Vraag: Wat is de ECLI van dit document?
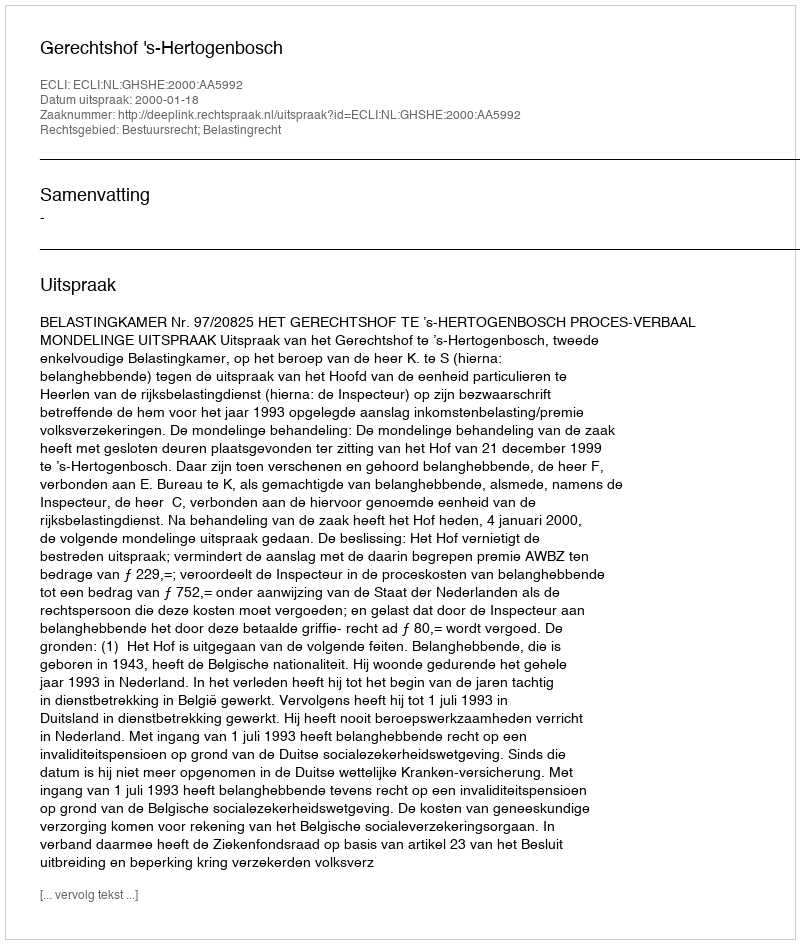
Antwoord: ECLI:NL:GHSHE:2000:AA5992